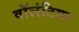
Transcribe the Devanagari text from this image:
वाॅलंटियर